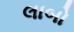
લાબો